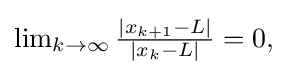
{\textstyle \lim _{k\to \infty }{\frac {|x_{k+1}-L|}{|x_{k}-L|}}=0,}